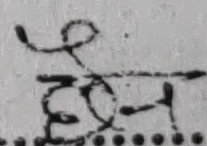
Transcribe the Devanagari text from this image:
देन